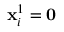
\mathbf { x } _ { i } ^ { 1 } = \mathbf { 0 }